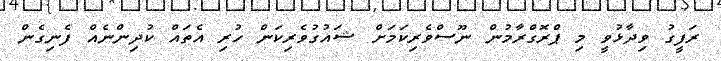
ރަފީގު ވިދާޅުވީ މި ޕްރޮގްރާމުން ނޫސްވެރިކަމަށް ޝައުގުވެރިކަން ހުރި އެތައް ކުދިންނެއް ފެނިގެން